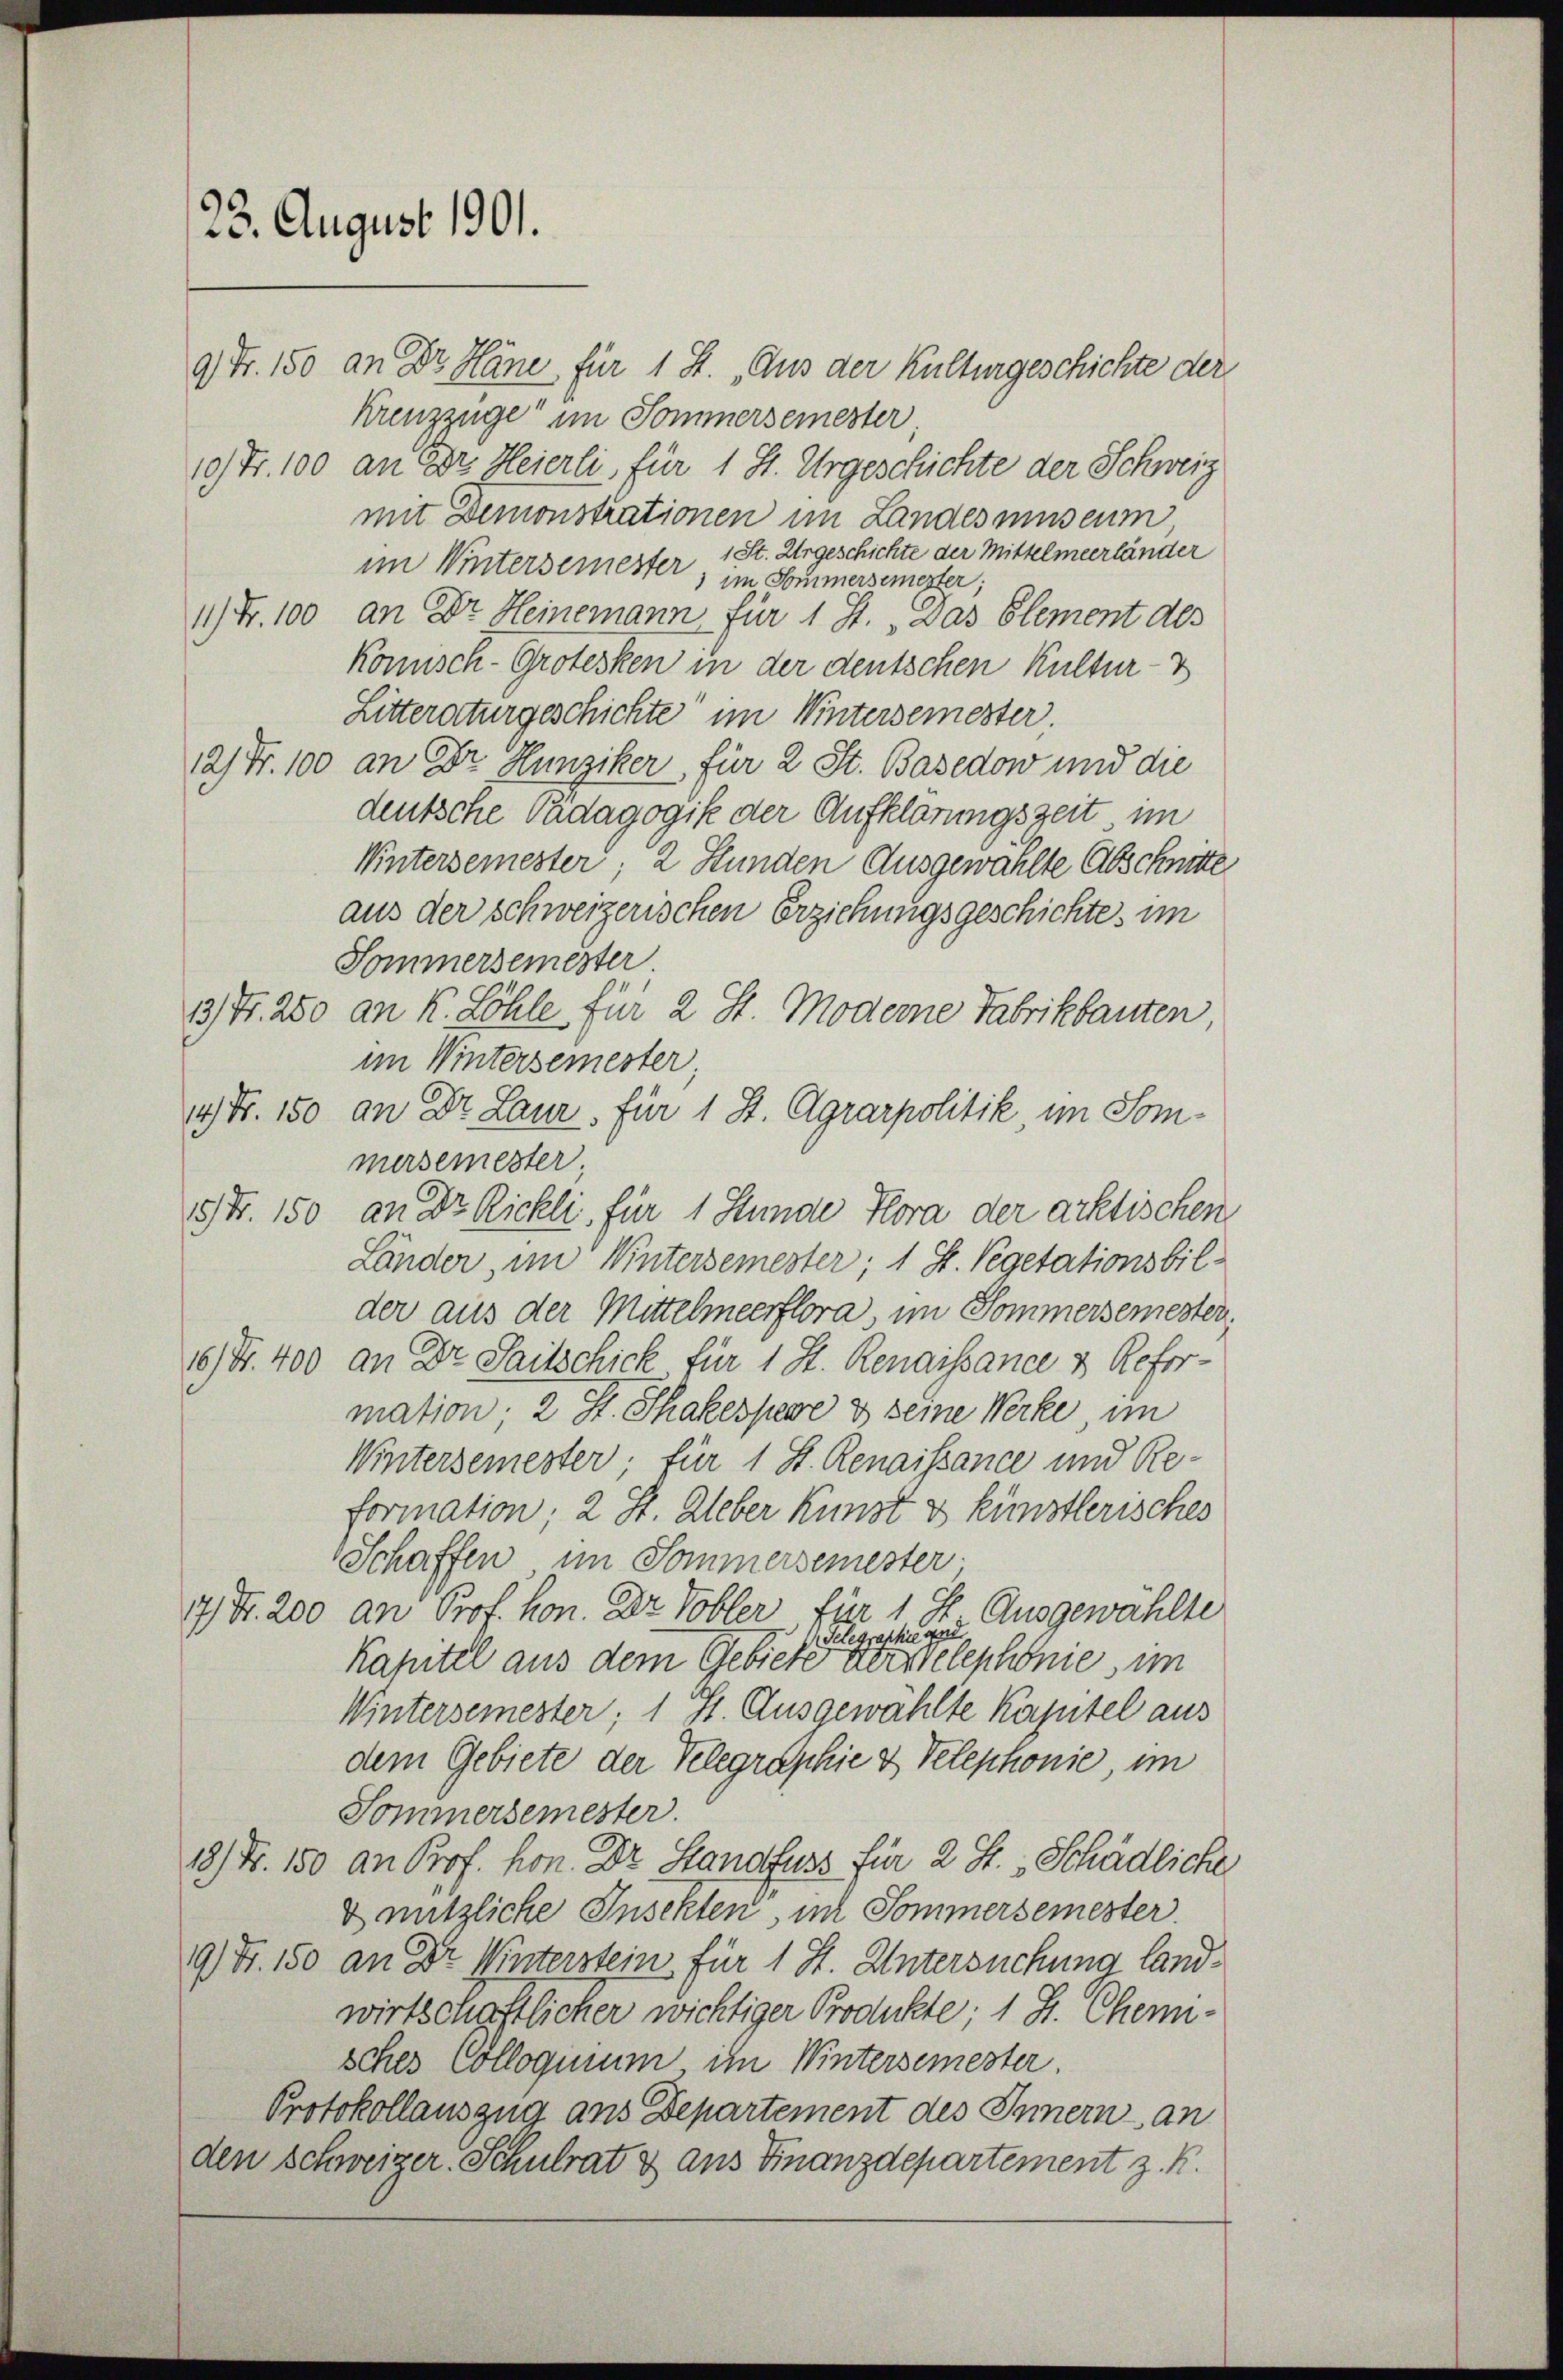
23. August 1901.

9) Fr. 150 an Dr. Häne für 1 S. „Aus der Kulturgeschichte der
kreuzzüge im Sommersemester
10) Fr. 100 an Dr. Heierli für 1 St. Urgeschichte der Schweiz
mit Demonstrationen im Landes museum
im Wintersemester 1 St. Urgeschichte der Mittelmeerländer
) im Sommersemester;
11) Fr. 100 an Dr. Heinemann für 1 J., Das Element des
komisch-Grotesken in der deutschen Kultur-
Litteraturgeschichte im Wintersemester
12) Fr. 100 an Dr. Hunziker für 2 St. Basedow und die
deutsche Vadagogik der Aufklärungszeit im
Wintersemester, 2 Stunden Ausgewählte Abschnitte
aus der schweizerischen Erziehungsgeschichte, im
Sommersemester.
13) Fr. 250 an K. Löhle für 2 St. Moderne Fabrikbauten,
im Wintersemester,
4) Nr. 150 an Dr. Laur, für 1 St. Agrarpolitik im Sommersemester
5 Fr. 150 an Dr. Rickli, für 1 Stunde Hora der aktischen
Länder, im Wintersemester; 1 St. Vegetationsbil-
der aus der Mittelmeerflora im Sommersemesten.
10) S. 400 an Dr. Saitschick für 1 St. Renaissance v Reformation. 2 S. Shakespere & seine Werke, im
Wintersemester; für 1 S. Renaissance und Re-
formation, 2 St. Weber Kunst & künstlerisches
Schaffen im Sommersemester
7) Nr. 200 an Prof. hon. Der Tobler, für 1 St Ausgewählte
Kapitel aus dem Gebiete eine eine er stelephonie im
Wintersemester; 1 St. Ausgewählte Kapitel aus
dem Gebiete der Telegraphie & Telephonie, im
Sommersemester.
18) Nr. 150 an Prof. hon. Dr. Standfuss für 2 J. Schädliche
& nützliche Insekten, im Sommersemester.
9) Fr. 150 an Dr. Winterstein für 1 St. Untersuchung landwirtschaftlicher wichtiger Produkte; 1 S. Chensches Colloquium im Wintersemester.
Protokollauszug aus Departement des Innern an
den schweizer. Schulrat & aus Finanzdepartement z. K.